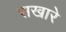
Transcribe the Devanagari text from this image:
सखारे